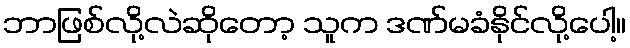
ဘာဖြစ်လို့လဲဆိုတော့ သူက ဒဏ်မခံနိုင်လို့ပေါ့။